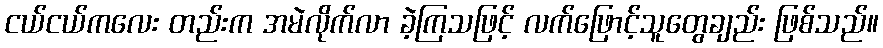
ငယ်ငယ်ကလေး တည်းက အမဲလိုက်လာ ခဲ့ကြသဖြင့် လက်ဖြောင့်သူတွေချည်း ဖြစ်သည်။